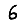
Digit: 6